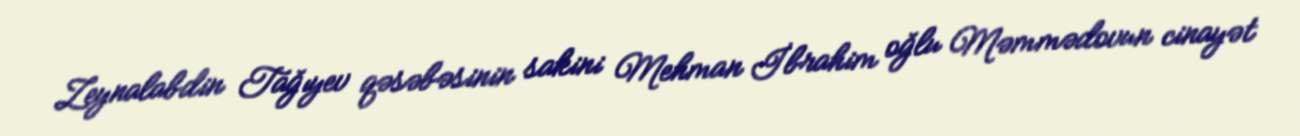
Zeynalabdin Tağıyev qəsəbəsinin sakini Mehman İbrahim oğlu Məmmədovun cinayət